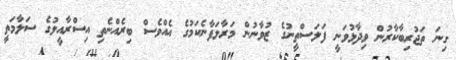
ގިނަ ތަޖުރިބާކާރުން ވިދާޅުވަނީ ފަލަސްތީނުގެ ޒުވާނުން މަރާލަފާނެކަމުގެ އެއްވެސް ބިރެއްނެތި އިސްރާއީލުގެ ސަލާމަތީ